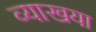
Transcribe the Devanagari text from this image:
व्याखया